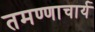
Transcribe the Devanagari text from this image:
तमण्णाचार्य